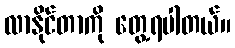
လာနိုင်တာကို တွေ့ရပါတယ်။